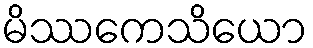
မိဿကေသိယော